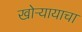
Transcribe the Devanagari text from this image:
खोऱ्यायाचा